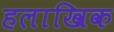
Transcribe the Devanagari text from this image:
हलाखिक